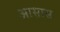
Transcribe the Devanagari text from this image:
आसास